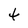
Character: t